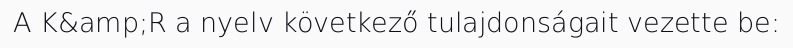
A K&amp;R a nyelv következő tulajdonságait vezette be: